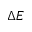
\Delta E